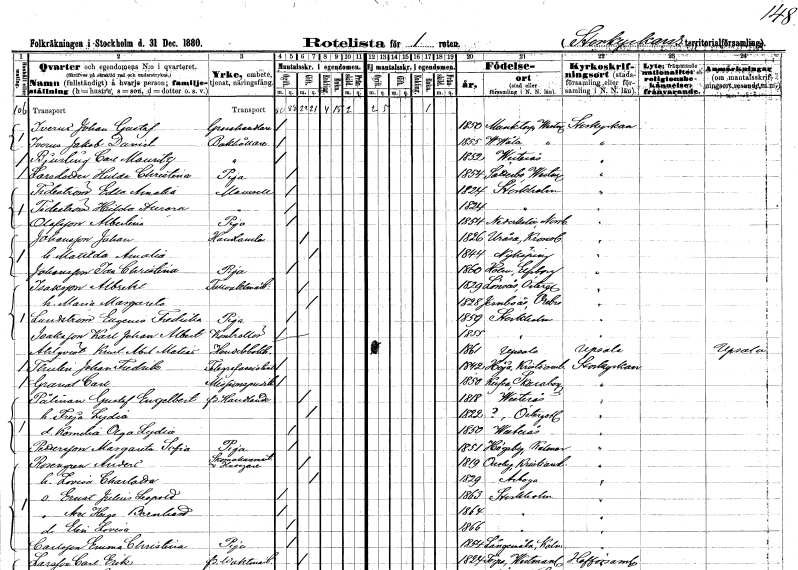
gt_parse: households: individuals: FN: Johan Gustaf
EN: Iverus
YRKE: Grosshandlare
KON: M
CIV: O
FODAR: 1850
FODFORS: Munktorp Västmanlands län
FN: Jakob Daniel
EN: Iverus
YRKE: Bokhållare
KON: M
CIV: O
FODAR: 1855
FODFORS: Västervåla Västmanlands län
FN: Carl Mauritz
EN: Bjurling
YRKE: Bokhållare
KON: M
CIV: O
FODAR: 1852
FODFORS: Västerås Västmanlands län
FN: Hulda Christina
EN: Larsdotter
YRKE: Piga
KON: K
CIV: O
FODAR: 1854
FODFORS: Säterbo Västmanlands län
FN: Edla Amalia
EN: Tideström
KON: K
CIV: O
FODAR: 1824
FODFORS: Stockholm
FN: Hilda Aurora
EN: Tideström
KON: K
CIV: O
FODAR: 1824
FODFORS: Stockholm
FN: Albertina
EN: Olofsson
YRKE: Piga
KON: K
CIV: O
FODAR: 1854
FODFORS: Nederkalix Norrbottens län
FN: Johan
EN: Johansson
YRKE: Handlande
KON: M
CIV: G
FODAR: 1826
FODFORS: Uråsa Kronobergs län
FN: Matilda Amalia
KON: K
CIV: G
FODAR: 1844
FODFORS: Nyköping Södermanlands län
FN: Ida Christina
EN: Johansson
YRKE: Piga
KON: K
CIV: O
FODAR: 1860
FODFORS: Holm Älvsborgs län
FN: Albrekt
EN: Isaksson
YRKE: Tullvaktmästare
KON: M
CIV: G
FODAR: 1829
FODFORS: Lönsås Östergötlands län
FN: Maria Margareta
KON: K
CIV: G
FODAR: 1828
FODFORS: Järnboås Örebro län
FN: Eugenia Fredrika
EN: Landström
YRKE: Piga
KON: K
CIV: O
FODAR: 1859
FODFORS: Stockholm
FN: Karl Johan Albert
EN: Isaksson
YRKE: Kontrollör
KON: M
CIV: O
FODAR: 1855
FODFORS: Stockholm
FN: Knut Abel Matias
EN: Ahlqvist
YRKE: Handelsbokhållare
KON: M
CIV: O
FODAR: 1861
FODFORS: Uppsala Uppsala län
FN: Johan Fredrik
EN: Thulen
YRKE: Telegrafassistent
KON: M
CIV: O
FODAR: 1842
FODFORS: Höja Kristianstads län
FN: Carl
EN: Granat
YRKE: Missionspredikant
KON: M
CIV: O
FODAR: 1850
FODFORS: Hova Skaraborgs län
FN: Gustaf Engelbrekt
EN: Pålman
YRKE: Handlande f.d.
KON: M
CIV: G
FODAR: 1818
FODFORS: Västerås Västmanlands län
FN: Freja Lydia
KON: K
CIV: G
FODAR: 1822
FN: Kornelia Olga Lydia
KON: K
CIV: O
FODAR: 1850
FODFORS: Västerås Västmanlands län
FN: Margareta Sofia
EN: Pettersson
YRKE: Piga
KON: K
CIV: O
FODAR: 1851
FODFORS: Högsby Kalmar län
FN: Anders
EN: Rosengren
YRKE: Skomakarmäster Husägare
KON: M
CIV: G
FODAR: 1819
FODFORS: Osby Kristianstads län
FN: Lovisa Charlotta
KON: K
CIV: G
FODAR: 1829
FODFORS: Arboga Västmanlands län
FN: Ernst Julius Leopold
KON: M
CIV: O
FODAR: 1863
FODFORS: Stockholm
FN: Axel Hugo Bernhard
KON: M
CIV: O
FODAR: 1864
FODFORS: Stockholm